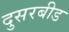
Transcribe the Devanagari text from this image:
दुसरबीड